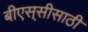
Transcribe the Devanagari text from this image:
बीएस्‌सीसाठी